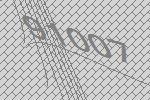
91007